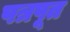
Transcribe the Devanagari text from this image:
पत्रपूत